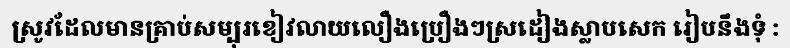
ស្រូវដែលមានគ្រាប់សម្បុរខៀវលាយលឿងប្រឿងៗស្រដៀងស្លាបសេក រៀបនឹងទុំ :